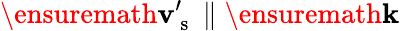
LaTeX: \ensuremath{\mathbf{v}}_{\mathrm{~s~}}^{\prime}\parallel\ensuremath{\mathbf{k}}